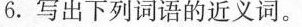
6.写出下列词语的近义词。